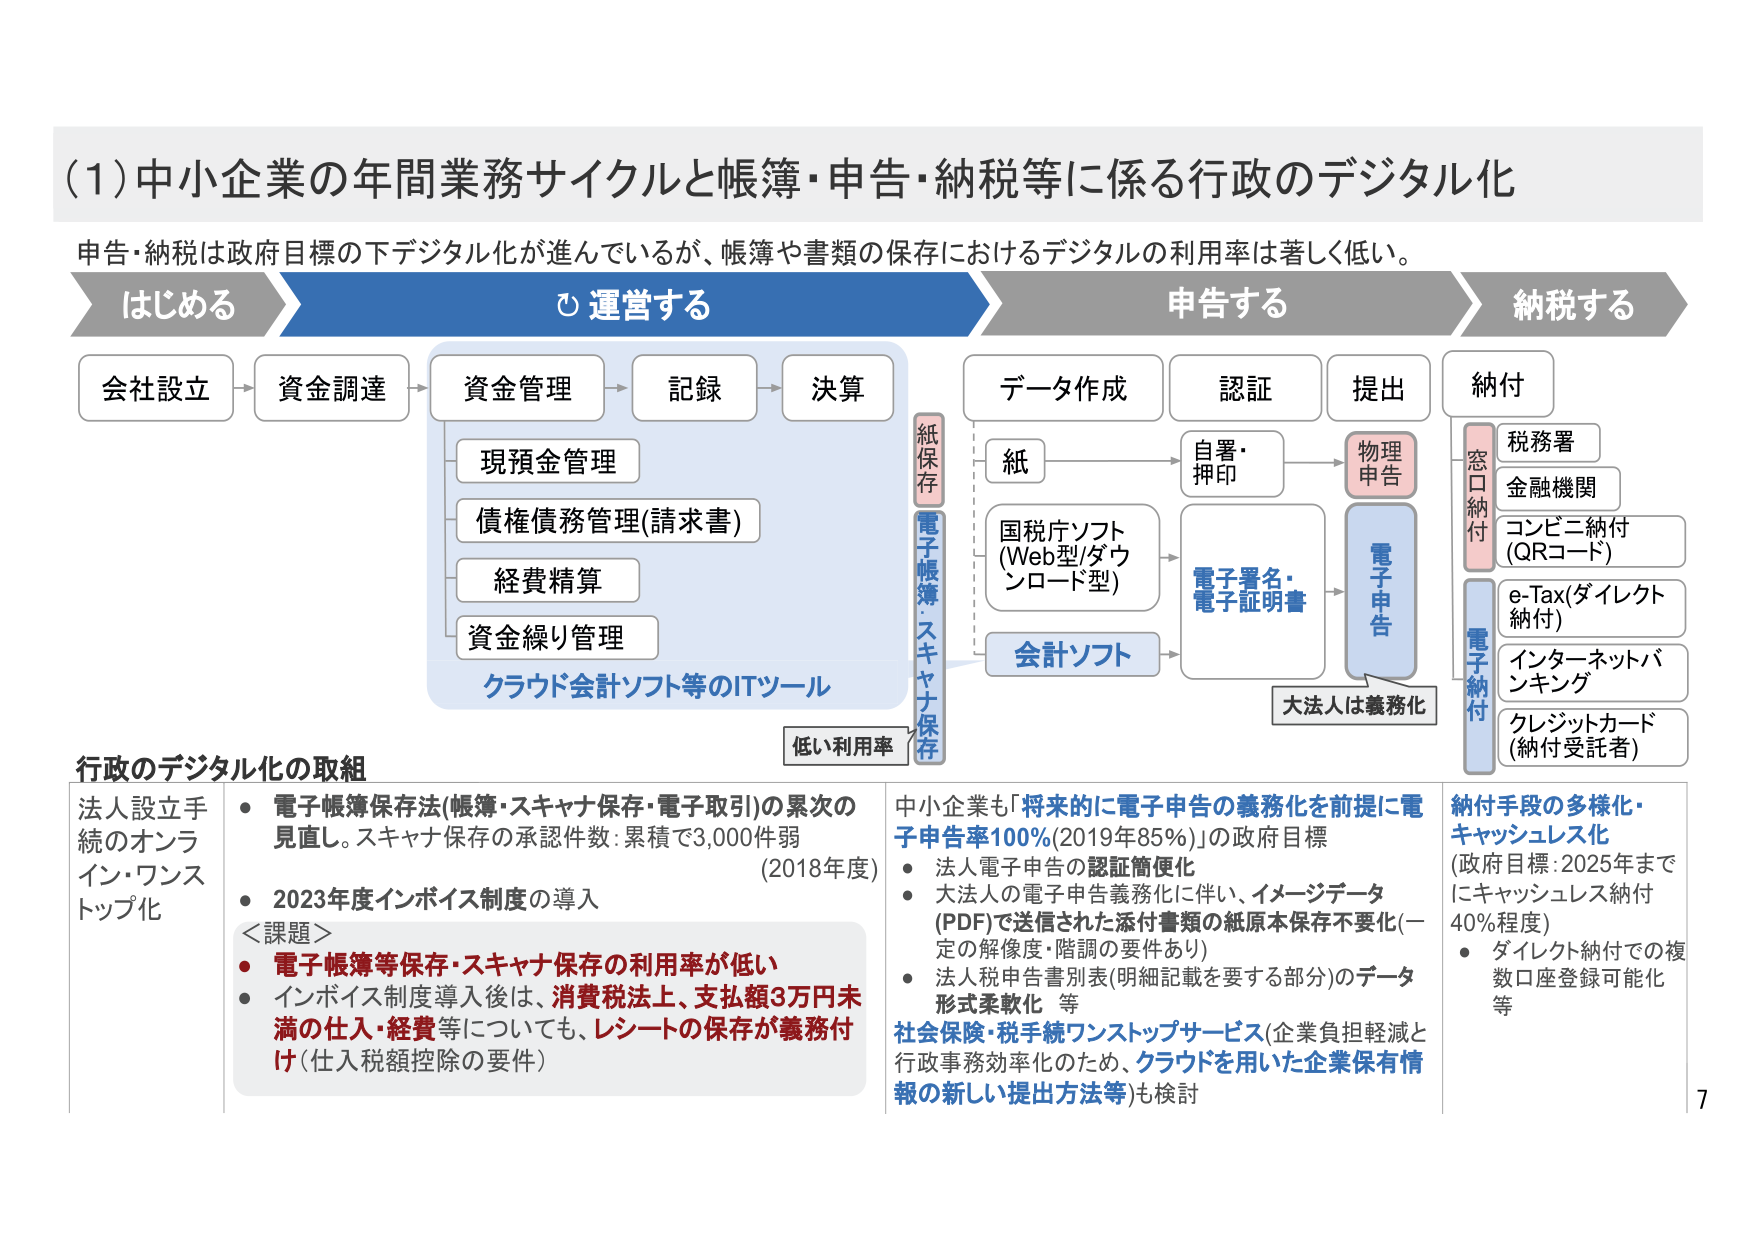
(1)中小企業の年間業務サイクルと帳簿・申告・納税等に係る行政のデジタル化
申告・納税は政府目標の下デジタル化が進んでいるが、帳簿や書類の保存におけるデジタルの利用率は著しく低い。

はじめる
会社設立 → 資金調達

運営する
資金管理 → 記録 → 決算
　　現預金管理
　　債権債務管理(請求書)
　　経費精算
　　資金繰り管理
クラウド会計ソフト等のITツール

紙保存
電子帳簿・スキャナ保存
低い利用率

データ作成
　　紙 → 自署・押印 → 物理申告
　　国税庁ソフト(Web型/ダウンロード型) → 電子署名・電子証明書 → 電子申告
　　会計ソフト → 電子署名・電子証明書 → 電子申告
大法人は義務化

申告する
認証
提出

納税する
納付
　　窓口納付
　　　税務署
　　　金融機関
　　　コンビニ納付(QRコード)
　　電子納付
　　　e-Tax(ダイレクト納付)
　　　インターネットバンキング
　　　クレジットカード(納付受託者)

行政のデジタル化の取組
法人設立手続のオンライン・ワンストップ化
・電子帳簿保存法(帳簿・スキャナ保存・電子取引)の累次の見直し。スキャナ保存の承認件数:累積で3,000件弱 (2018年度)
・2023年度インボイス制度の導入
＜課題＞
・電子帳簿等保存・スキャナ保存の利用率が低い
・インボイス制度導入後は、消費税法上、支払額3万円未満の仕入・経費等についても、レシートの保存が義務付け(仕入税額控除の要件)

中小企業も「将来的に電子申告の義務化を前提に電子申告率100%(2019年85%)」の政府目標
・法人電子申告の認証簡便化
・大法人の電子申告義務化に伴い、イメージデータ(PDF)で送信された添付書類の紙原本保存不要化(一定の解像度・階調の要件あり)
・法人税申告書別表(明細記載を要する部分)のデータ形式柔軟化 等
社会保険・税手続ワンストップサービス(企業負担軽減と行政事務効率化のため、クラウドを用いた企業保有情報の新しい提出方法等)も検討

納付手段の多様化・キャッシュレス化
(政府目標:2025年までにキャッシュレス納付40%程度)
・ダイレクト納付での複数口座登録可能性 等

7